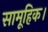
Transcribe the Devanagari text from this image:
सामूहिक।